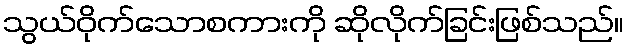
သွယ်ဝိုက်သောစကားကို ဆိုလိုက်ခြင်းဖြစ်သည်။